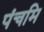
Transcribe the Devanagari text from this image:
पंचमि